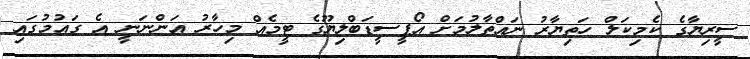
ސީރިޔާގެ ކެމިކަލް ހަތިޔާރު ނައްތާލުމަށް އޯޕީސީޑަބްލިޔޫގެ ޓީމެއް މިހާރު އަންނަނީ އެ ގައުމުގައި